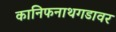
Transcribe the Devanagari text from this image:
कानिफनाथगडावर